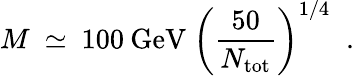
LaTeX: M\ \simeq\ 100\: \mathrm{GeV}\ \left(\frac{50}{N_{\mathrm{tot}}}\right)^{1/4}\; \; .